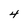
Character: 4